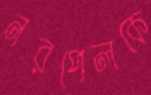
নরপেলকে